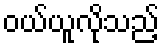
ဝယ်ယူလိုသည့်